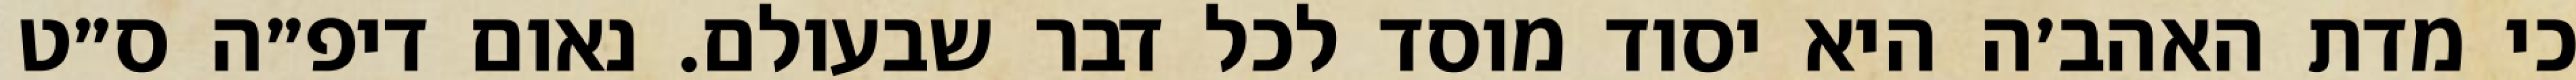
כי מדת האהב׳ה היא יסוד מוסד לכל דבר שבעולם. נאום דיפ״ה ס״ט